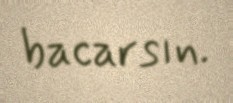
bacarsın.